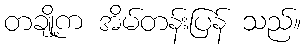
တချို့က အိမ်တန်းပြန် သည်။